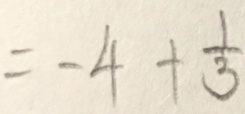
= - 4 + \frac { 1 } { 3 }